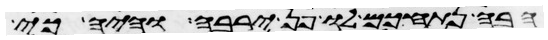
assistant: הבה נתחכם לו פן ירבה והיה כי